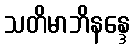
သတိမာဘိနန္ဒေ